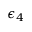
\epsilon _ { 4 }